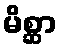
မိစ္ဆာ